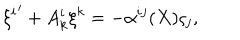
LaTeX: { \xi ^ { i } } ^ { \prime } + A _ { k } ^ { i } \xi ^ { k } = - \alpha ^ { i j } ( X ) \varsigma _ { j } ,